Indian journal of veterinary science and animal husbandry - Volume 13,
Year: 1943
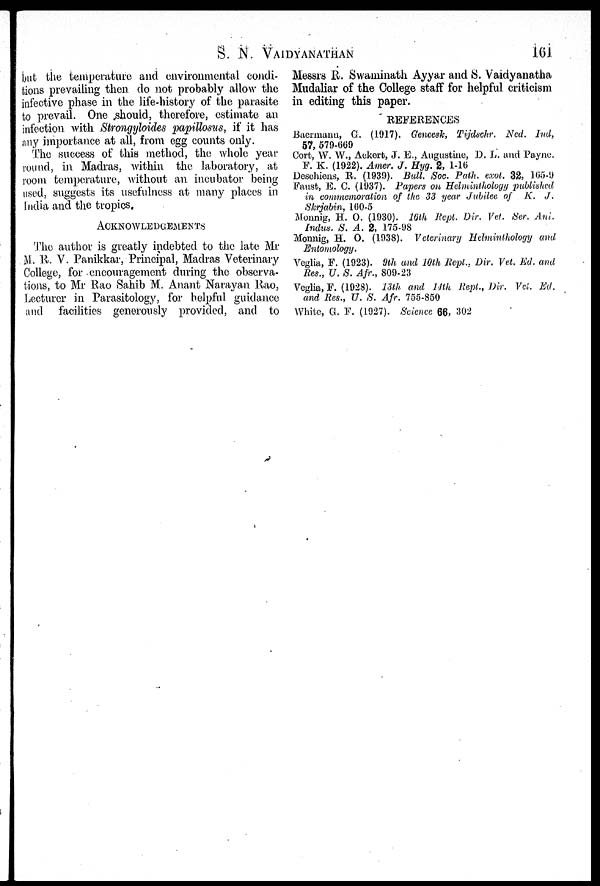
S. N. VAIDYANATHAN 161
but the temperature and environmental condi-
tions prevailing then do not probably allow the
infective phase in the life-history of the parasite
to prevail. One should, therefore, estimate an
infection with Strongyloides papillosus, if it has
any importance at all, from egg counts only.
The success of this method, the whole year
round, in Madras, within the laboratory, at
room temperature, without an incubator being
used, suggests its usefulness at many places in
India and the tropics.
ACKNOWLEDGEMENTS
The author is greatly indebted to the late Mr
M. R. V. Panikkar, Principal, Madras Veterinary
College, for encouragement during the observa-
tions, to Mr Rao Sahib M. Anant Narayan Rao,
Lecturer in Parasitology, for helpful guidance
and facilities generously provided, and to
Messrs R. Swaminath Ayyar and S. Vaidyanatha
Mudaliar of the College staff for helpful criticism
in editing this paper.
REFERENCES
Baermann, G. (1917). Gencesk, Tijdschr. Ned. Ind,
57, 579-669
Cort, W. W., Ackert, J. E., Augustine, D. L. and Payne.
F. K. (1922). Amer. J. Hyg. 2, 1-16
Deschiens, R. (1939). Bull. Soc. Path. exot. 32, 165-9
Faust, E. C. (1937). Papers on Helminthology published
in commemoration of the 33 year Jubilee of K. J.
Skrjabin, 160-5
Monnig, H. O. (1930). 16th Rept. Dir. Vet. Ser. Ani.
Indus. S. A. 2, 175-98
Monnig, H. O. (1938). Veterinary Helminthology and
Entomology.
Veglia, F. (1923). 9th and 10th Rept., Dir. Vet. Ed. and
Res., U. S. Afr., 809-23
Veglia, F. (1928). 13th and 14th Rept., Dir. Vet. Ed.
and Res., U. S. Afr. 755-850
White, G. F. (1927). Science 66, 302